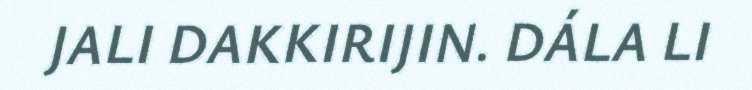
JALI DAKKIRIJIN. DÁLA LI